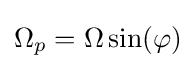
\Omega _{p}=\Omega \sin(\varphi )